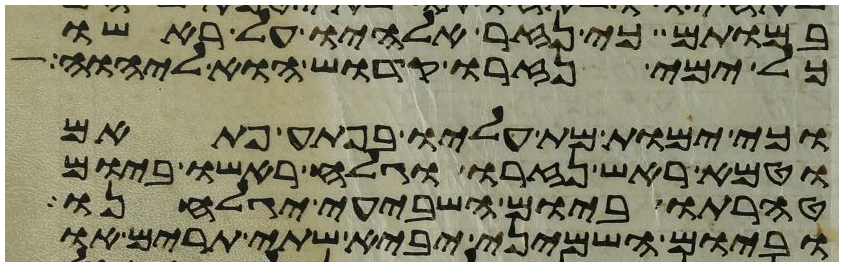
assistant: במותם כי נזר אלהיו על ראשו
כל ימי נזרו קדוש הוא ליהוה
וכי ימות מת עליו בפתע פתאם
וטמא ראש נזרו וגלח ראשו ביום
טהרתו ביום השביעי יגלחנו
וביום השמיני יביא שתי תרים או